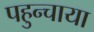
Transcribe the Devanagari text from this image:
पहुन्चाया